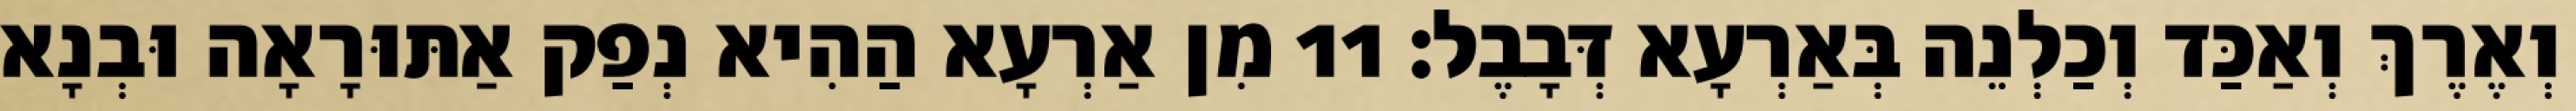
וְאֶרֶךְ וְאַכַּד וְכַלְנֵה בְּאַרְעָא דְּבָבֶל׃ 11 מִן אַרְעָא הַהִיא נְפַק אַתּוּרָאָה וּבְנָא